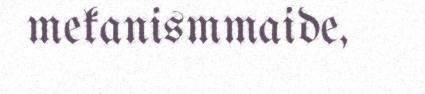
mekanismmaide,